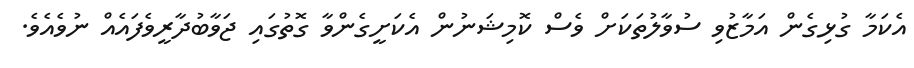
އެކަމާ ގުޅިގެން އަމާޒުވި ސުވާލުތަކަށް ވެސް ކޮމިޝަނުން އެކަށީގެންވާ ގޮތުގައި ޖަވާބުދާރީވެފައެއް ނުވެއެވެ.